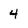
Character: 4